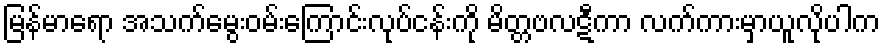
မြန်မာရော အသက်မွေးဝမ်းကြောင်းလုပ်ငန်းကို မိတ္တဗလဋီကာ လက်ကားမှာယူလိုပါက